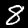
Digit: 8